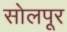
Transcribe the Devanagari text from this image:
सोलपूर